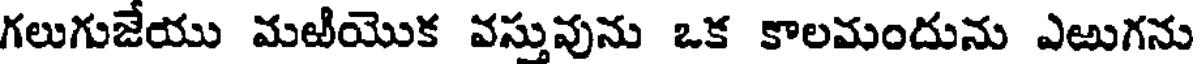
గలుగుజేయు మఱియొక వస్తువును ఒక కాలమందును ఎఱుగను